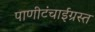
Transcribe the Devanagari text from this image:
पाणीटंचाईग्रस्त